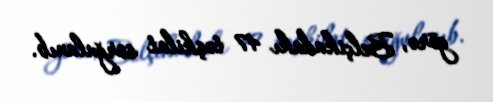
görə, Belçikadakı 47 təşkilat sorğulanıb.